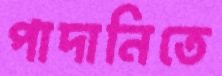
পাদানিতে